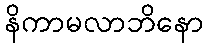
နိကာမလာဘိနော